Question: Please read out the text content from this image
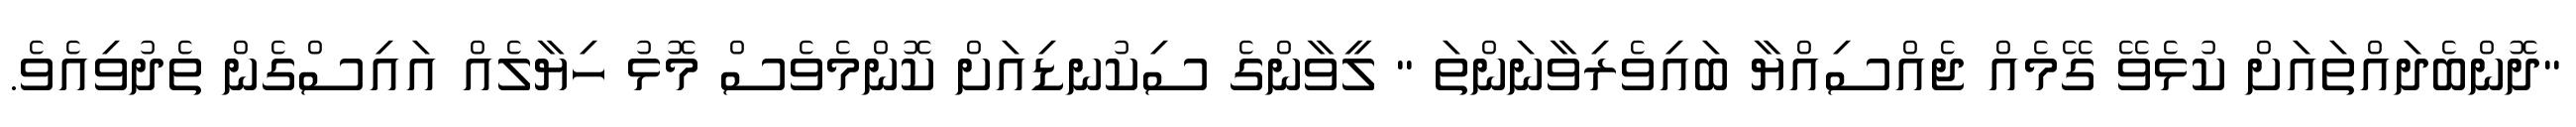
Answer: "ދޮންބެދައްތައަށް ކުޅެވޭ ގޭމެއް ޖެއްސިއްޔާ ބައިވެރިވާނަންތަ " ލީވާންގެ ސިކުނޑިއަށް ކޮންމެވެސް މޮޅު ހިޔާލެއް އައިސްގެން ތެދުވިއެވެ.